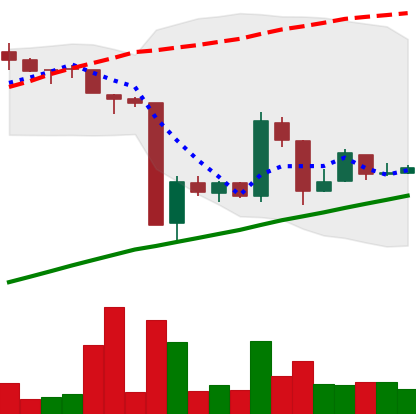
Ticker: BTC-USD
Chart end date: 2016-01-27
Forward return: -5.549%
Label: down_5_7